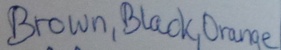
Text: Brown,Black,Orange